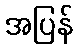
အပြန်